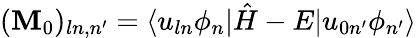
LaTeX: (\mathbf{M}_{0})_{ln,n^{\prime}}=\langle u_{ln}\phi_{n}|\hat{H}-E|u_{0n^{\prime}}\phi_{n^{\prime}}\rangle